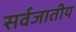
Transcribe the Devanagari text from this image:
सर्वजातीय